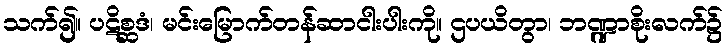
သက်၍။ ပဋိစ္ဆဒံ၊ မင်းမြောက်တန်ဆာငါးပါးကို။ ဌပယိတွာ၊ ဘဏ္ဍာစိုးလက်၌